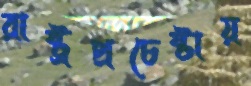
রাষ্ট্রপ্রচেষ্টায়